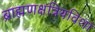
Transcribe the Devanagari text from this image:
ब्राह्मणक्षत्रियविशां